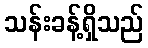
သန်းခန့်ရှိသည်